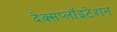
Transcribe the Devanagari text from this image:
देक्सप्लॉइटेशन